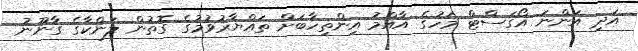
އަދި އަންނަ އޯގަސްޓް މަހުގެ އާއްމު އިންތިހާބަށް ތައްޔާރުވުމުގެ ގޮތުން ލަންކާގެ ގާނޫނު